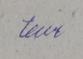
Signature authenticity: genuine